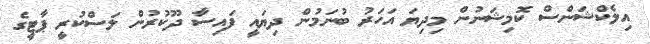
އިލެކްޝަންސް ކޮމިޝަނުން މިދިޔަ އަހަރު ބުނަމުން ދިޔައީ ފައިސާ ދޫކުރުން ލަސްކުރީ ޕާޓީގެ